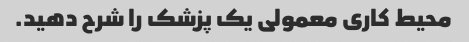
محیط کاری معمولی یک پزشک را شرح دهید.